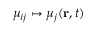
\mu _ { i j } \mapsto \mu _ { j } ( \mathbf { r } , t )